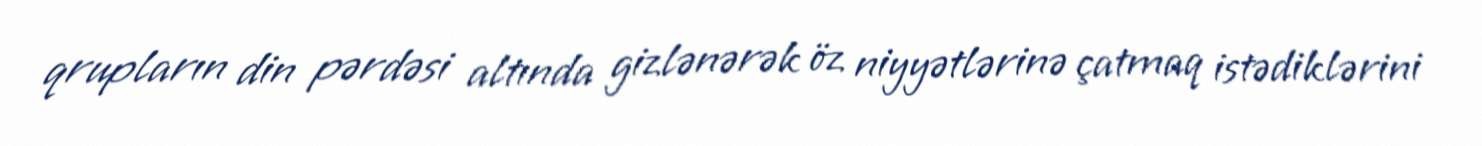
qrupların din pərdəsi altında gizlənərək öz niyyətlərinə çatmaq istədiklərini